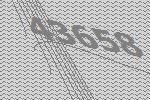
43658